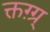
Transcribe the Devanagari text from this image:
क्तग़्ग्र्